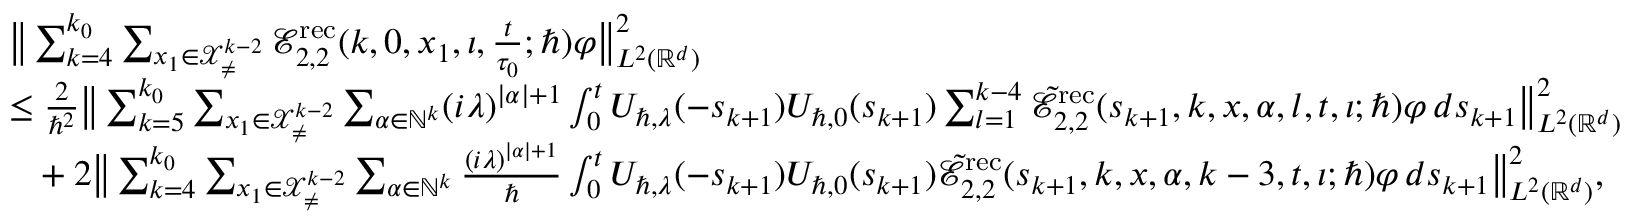
\begin{array} { r l } & { \big \lVert \sum _ { k = 4 } ^ { k _ { 0 } } \sum _ { \boldsymbol { x } _ { 1 } \in \mathcal { X } _ { \neq } ^ { k - 2 } } \mathcal { E } _ { 2 , 2 } ^ { \mathrm { r e c } } ( k , 0 , \boldsymbol { x } _ { 1 } , \iota , \frac { t } { \tau _ { 0 } } ; \hbar ) \varphi \big \rVert _ { L ^ { 2 } ( \mathbb { R } ^ { d } ) } ^ { 2 } } \\ & { \leq \frac { 2 } { \hbar ^ { 2 } } \big \lVert \sum _ { k = 5 } ^ { k _ { 0 } } \sum _ { \boldsymbol { x } _ { 1 } \in \mathcal { X } _ { \neq } ^ { k - 2 } } \sum _ { \alpha \in \mathbb { N } ^ { k } } ( i \lambda ) ^ { | \alpha | + 1 } \int _ { 0 } ^ { t } U _ { \hbar , \lambda } ( - s _ { k + 1 } ) U _ { \hbar , 0 } ( s _ { k + 1 } ) \sum _ { l = 1 } ^ { k - 4 } \tilde { \mathcal { E } } _ { 2 , 2 } ^ { \mathrm { r e c } } ( s _ { k + 1 } , k , \boldsymbol { x } , \alpha , l , t , \iota ; \hbar ) \varphi \, d s _ { k + 1 } \big \rVert _ { L ^ { 2 } ( \mathbb { R } ^ { d } ) } ^ { 2 } } \\ & { \phantom { = } + 2 \big \lVert \sum _ { k = 4 } ^ { k _ { 0 } } \sum _ { \boldsymbol { x } _ { 1 } \in \mathcal { X } _ { \neq } ^ { k - 2 } } \sum _ { \alpha \in \mathbb { N } ^ { k } } \frac { ( i \lambda ) ^ { | \alpha | + 1 } } { \hbar } \int _ { 0 } ^ { t } U _ { \hbar , \lambda } ( - s _ { k + 1 } ) U _ { \hbar , 0 } ( s _ { k + 1 } ) \tilde { \mathcal { E } } _ { 2 , 2 } ^ { \mathrm { r e c } } ( s _ { k + 1 } , k , \boldsymbol { x } , \alpha , k - 3 , t , \iota ; \hbar ) \varphi \, d s _ { k + 1 } \big \rVert _ { L ^ { 2 } ( \mathbb { R } ^ { d } ) } ^ { 2 } , } \end{array}